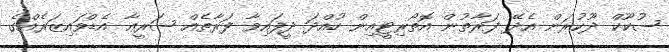
ޞުކޫކް ދޫކުރަން އެދޭ ފަރާތުން އޮތޯރިޓީއިން ހުއްދަ ދީފައިވާ ފަރާތެއް ޝަރީޢާ އެޑްވައިޒަރެއްގެ